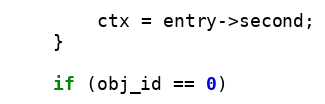
Language: C++
        ctx = entry->second;
    }

    if (obj_id == 0)